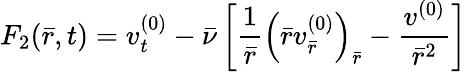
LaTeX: F_{2}(\bar{r},t)=v_{t}^{(0)}-\bar{\nu}\left[\frac{1}{\bar{r}}\left(\bar{r}v_{\bar{r}}^{(0)}\right)_{\bar{r}}-\frac{v^{(0)}}{\bar{r}^{2}}\right]